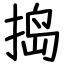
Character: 捣